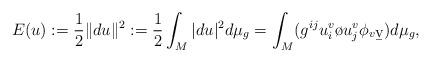
LaTeX: \begin{align*}E(u):=\frac{1}{2}\|du\|^2:=\frac{1}{2}\int_M |du|^2d\mu_g=\int_M (g^{ij}u^v_i\o{u^v_j}\phi_{v\b{v}})d\mu_g,\end{align*}